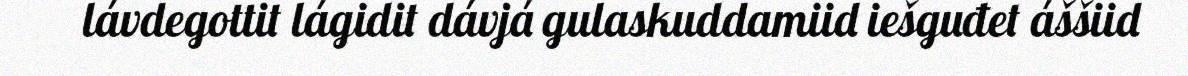
lávdegottit lágidit dávjá gulaskuddamiid iešguđet áššiid